Leaving Certificate, 1897
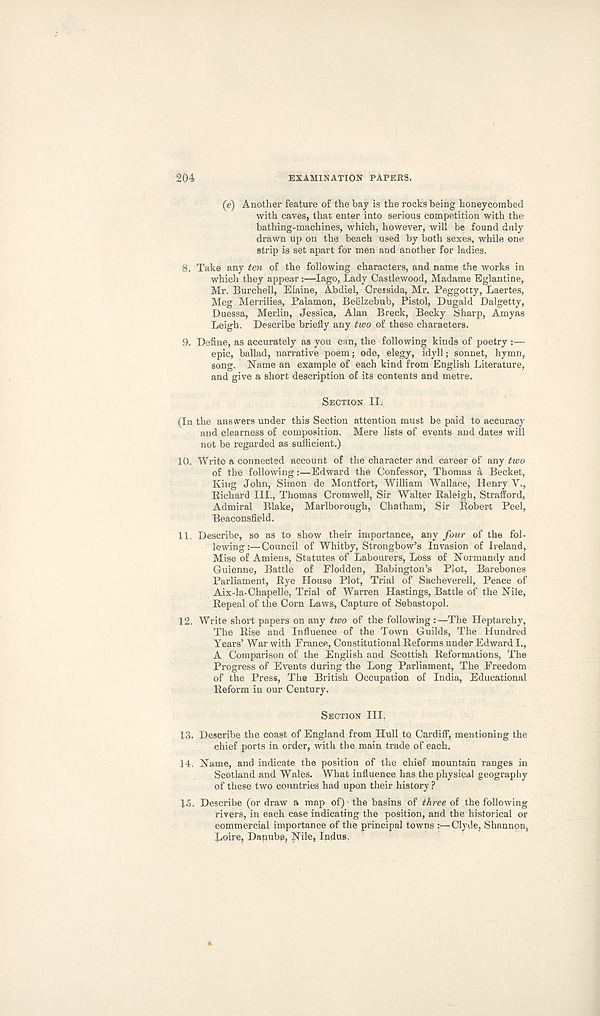
204
EXAMINATION PAPERS.
(e) Another feature of the bay is the rocks being honeycombed
with caves, that enter into serious competition with the
bathing-machines, which, however, will be found duly
drawn up on the beach used by both sexes, while one
strip is set apart for men and another for ladies.
8. Take any ten of the following characters, and name the works in
which they appear:—lago, Lady Castlewood, Madame Eglantine,
Mr. Burchell, Elaine, Abdiel, Oressida, Mr. Peggotty, Laertes,
Meg Merrilies, Palamon, Beelzebub, Pistol, Dugald Dalgetty,
Duessa, Merlin, Jessica, Alan Breck, Becky Sharp, Amyas
Leigh. Describe briefly any two of these characters.
9. Define, as accurately as you can, the following kinds of poetry :—
epic, ballad, narrative poem; ode, elegy, idyll; sonnet, hymn,
song. Name an example of each kind from English Literature,
and give a short description of its contents and metre.
SECTION II.
(In the answers under this Section attention must be paid to accuracy
and clearness of composition. Mere lists of events and dates will
not be regarded as sufficient.)
10. Write a connected account of the character and career of any two
of the following:—Edward the Confessor, Thomas a Becket,
King John, Simon de Montfort, William Wallace, Henry V.,
Richard III., Thomas Cromwell, Sir Walter Raleigh, Strafford,
Admiral Blake, Marlborough, Chatham, Sir Robert Peel,
Beaconsfield.
11. Describe, so as to show their importance, any four of the fol-
lowing:— Council of Whitby, Strongbow’s Invasion of Ireland,
Mise of Amiens, Statutes of Labourers, Loss of Normandy and
Guienne, Battle of Flodden, Babington’s Plot, Barebones
Parliament, Rye House Plot, Trial of Sacheverell, Peace of
Aix-la-Chapelle, Trial of Warren Hastings, Battle of the Nile,
Repeal of the Corn Laws, Capture of Sebastopol.
12. Write short papers on any tivo of the following:—The Heptarchy,
The Rise and Influence of the Town Guilds, The Hundred
Years’ War with France, Constitutional Reforms under Edward I.,
A Comparison of the English and Scottish Reformations, The
Progress of Events during the Long Parliament, The Freedom
of the Press, The British Occupation of India, Educational
Reform in our Century.
SECTION III.
13. Describe the coast of England from Hull tq Cardiff, mentioning the
chief ports in order, with the main trade of each.
14. Name, and indicate the position of the chief mountain ranges in
Scotland and Wales. What influence has the physical geography
of these two countries had upon their history ?
15. Describe (or draw a map of) - the basins of three of the following
rivers, in each case indicating the position, and the historical or
commercial importance of the principal towns :—Clyde, Shannon,
Jjoire, Dapube, Nitej Indus.